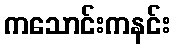
ကသောင်းကနင်း